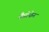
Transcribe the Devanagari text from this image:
बैचोफेन